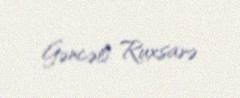
Gəncəli Ruxsarə